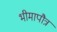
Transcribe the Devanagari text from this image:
भीमापौत्र